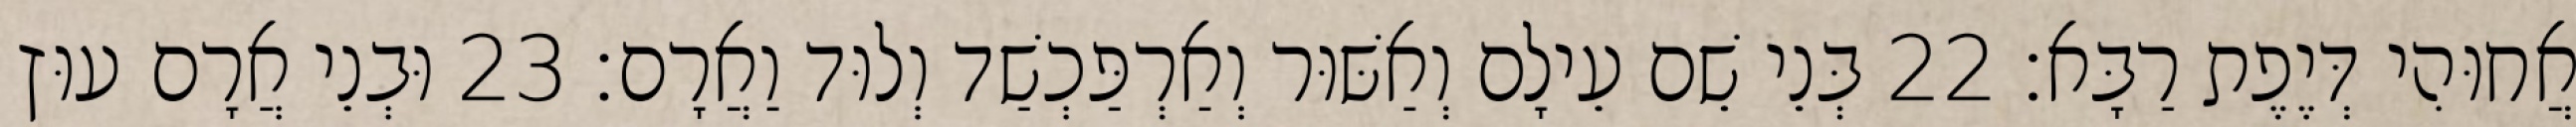
אֲחוּהִי דְּיֶפֶת רַבָּא׃ 22 בְּנֵי שֵׁם עֵילָם וְאַשּׁוּר וְאַרְפַּכְשַׁד וְלוּד וַאֲרָם׃ 23 וּבְנֵי אֲרָם עוּץ